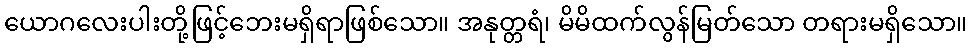
ယောဂလေးပါးတို့ဖြင့်ဘေးမရှိရာဖြစ်သော။ အနုတ္တရံ၊ မိမိထက်လွန်မြတ်သော တရားမရှိသော။